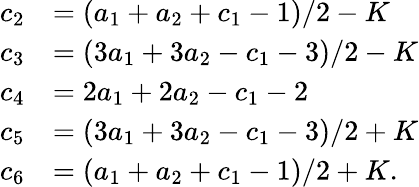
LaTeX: {\begin{array}{rl}{c_{2}}&{=(a_{1}+a_{2}+c_{1}-1)/2-K}\\ {c_{3}}&{=(3a_{1}+3a_{2}-c_{1}-3)/2-K}\\ {c_{4}}&{=2a_{1}+2a_{2}-c_{1}-2}\\ {c_{5}}&{=(3a_{1}+3a_{2}-c_{1}-3)/2+K}\\ {c_{6}}&{=(a_{1}+a_{2}+c_{1}-1)/2+K.}\end{array}}